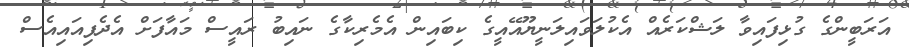
އަރަބީންގެ ގުޅިފައިވާ ލަޝްކަރެއް އެކުލަވައިލަނީޔޫއޭއީގެ ކިބައިން އެމެރިކާގެ ނައިބު ރައީސް މައާފަށް އެދެފިއައިއެސް